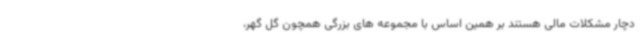
دچار مشکلات مالی هستند بر همین اساس با مجموعه های بزرگی همچون گل گهر،